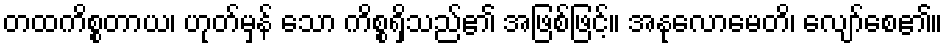
တထကိစ္စတာယ၊ ဟုတ်မှန် သော ကိစ္စရှိသည်၏ အဖြစ်ဖြင့်။ အနုလောမေတိ၊ လျော်စေ၏။